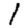
Digit: 1